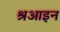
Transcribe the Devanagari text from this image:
श्रआइन